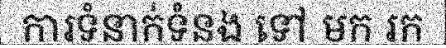
ការទំនាក់ទំនង ទៅ មក រក